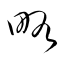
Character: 略